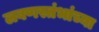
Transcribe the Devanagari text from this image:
लवणस्तंभांच्या